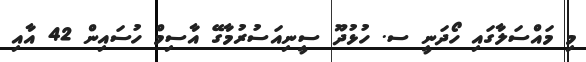
މި މައްސަލާގައި ހޯދަނީ ސ. ހުޅުދޫ ސީނިއަސުރުމާގޭ އާސިމް ހުސައިން 42 އާއި